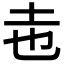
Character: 𭍽